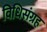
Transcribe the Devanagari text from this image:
विधिसंग्रह